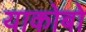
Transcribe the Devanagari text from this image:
याकोबो